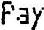
PAY